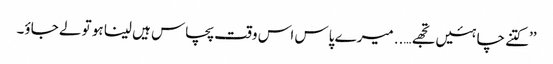
’’کتنے چاہئیں تجھے….. میرے پاس اس وقت پچاس ہیں لینا ہو تو لے جاؤ۔